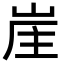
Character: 𡷜